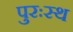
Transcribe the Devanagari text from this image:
पुरःस्थ